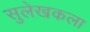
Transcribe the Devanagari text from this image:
सुलेखकला